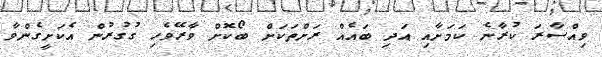
ވިއްސާރަ ކުރާނެ ކަމަށާއި އަދި ބައެއް ރަށްތަކަށް ބޯކޮށް ވާރޭވެހި ގުގުރުން އެކަށީގެންވާ